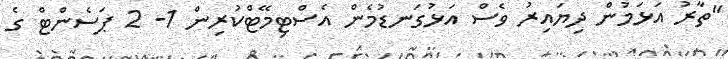
"ތާރު އަޅަމުން ދިޔައިރު ވެސް އަޅުގަނޑުމެން އެސްޓިމޭޓްކުރިން 1- 2 ޕަސެންޓް ގެ